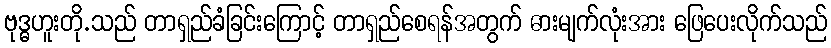
ဗုဒ္ဓဟူးတို.သည် တာရှည်ခံခြင်းကြောင့် တာရှည်စေရန်အတွက် ဓားမျက်လုံးအား ဖြေပေးလိုက်သည်